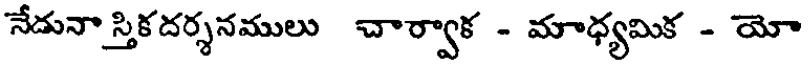
నేదునా స్తికదర్శనములు చార్వాక - మాధ్యమిక - యో